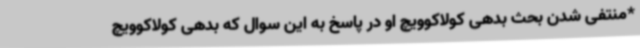
*منتفی شدن بحث بدهی کولاکوویچ او در پاسخ به این سوال که بدهی کولاکوویچ